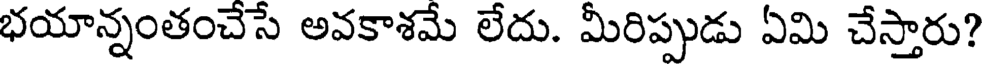
భయాన్నంతంచేసే అవకాశమే లేదు. మీరిప్పుడు ఏమి చేస్తారు?